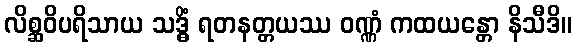
လိစ္ဆဝိပရိသာယ သဒ္ဓိံ ရတနတ္တယဿ ဝဏ္ဏံ ကထယန္တော နိသီဒိ။